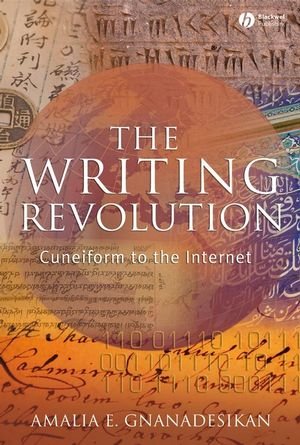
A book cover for The Writing Revolution: Cuneiform to the Internet; Amalia E. Gnanadesikan; Reference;